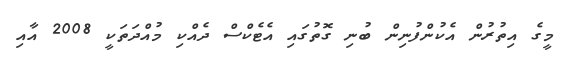
މީގެ އިތުރުން އެކުންފުނިން ބުނި ގޮތުގައި އެޓެކްސް ދެއްކި މުއްދަތަކީ 2008 އާއި